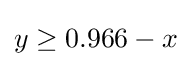
y\geq 0.966-x